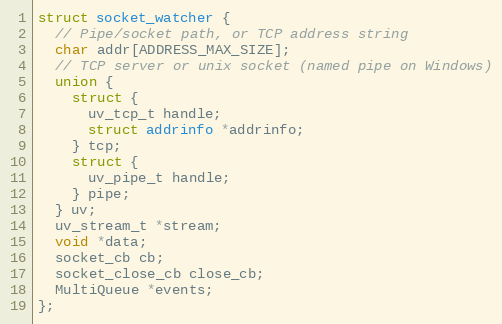
Language: C
struct socket_watcher {
  // Pipe/socket path, or TCP address string
  char addr[ADDRESS_MAX_SIZE];
  // TCP server or unix socket (named pipe on Windows)
  union {
    struct {
      uv_tcp_t handle;
      struct addrinfo *addrinfo;
    } tcp;
    struct {
      uv_pipe_t handle;
    } pipe;
  } uv;
  uv_stream_t *stream;
  void *data;
  socket_cb cb;
  socket_close_cb close_cb;
  MultiQueue *events;
};